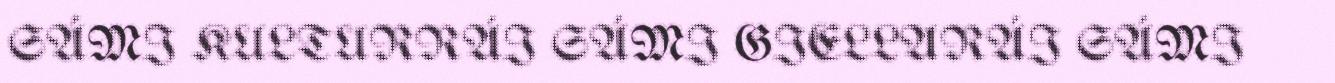
SÁMI KULTURRÁI SÁMI GIELLARÁI SÁMI